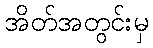
အိတ်အတွင်းမှ